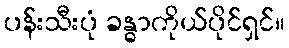
ပန်းသီးပုံ ခန္ဓာကိုယ်ပိုင်ရှင်။